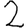
Digit: 2